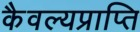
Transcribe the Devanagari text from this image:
कैवल्यप्राप्ति